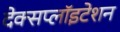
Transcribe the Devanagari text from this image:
देक्सप्लॉइटेशन